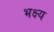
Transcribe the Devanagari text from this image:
भक्ष्‍य